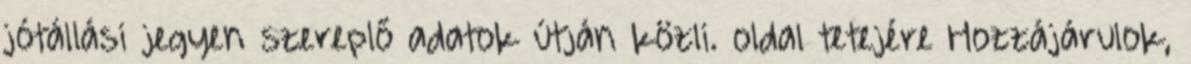
jótállási jegyen szereplő adatok útján közli. oldal tetejére Hozzájárulok,